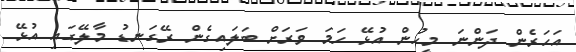
އަހަރެން ދަންނަ މީހުން އުޅޭ ހަމަ ވަރަށް ބަލައިގެން ރޭގަނޑު މާލޭގައި އުޅޭ